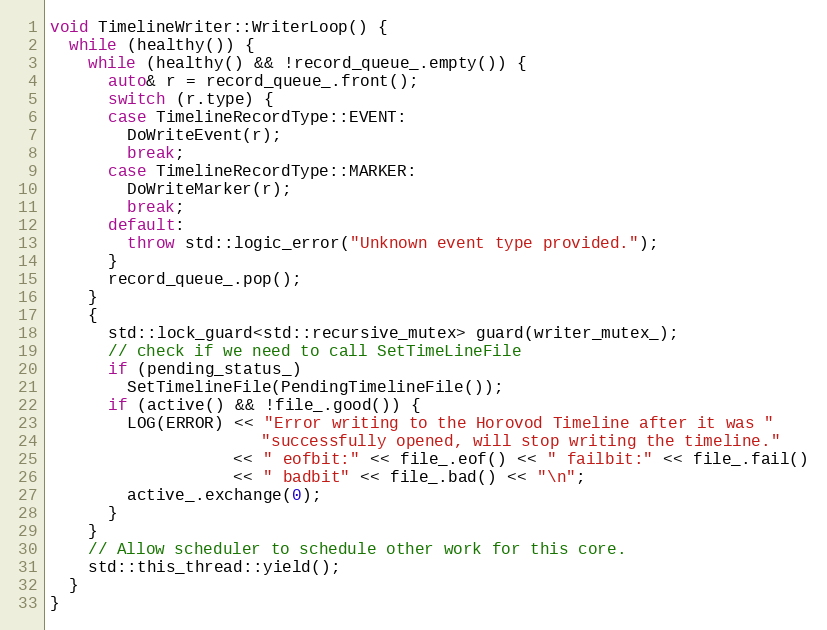
Language: C++
void TimelineWriter::WriterLoop() {
  while (healthy()) {
    while (healthy() && !record_queue_.empty()) {
      auto& r = record_queue_.front();
      switch (r.type) {
      case TimelineRecordType::EVENT:
        DoWriteEvent(r);
        break;
      case TimelineRecordType::MARKER:
        DoWriteMarker(r);
        break;
      default:
        throw std::logic_error("Unknown event type provided.");
      }
      record_queue_.pop();
    }
    {
      std::lock_guard<std::recursive_mutex> guard(writer_mutex_);
      // check if we need to call SetTimeLineFile
      if (pending_status_)
        SetTimelineFile(PendingTimelineFile());
      if (active() && !file_.good()) {
        LOG(ERROR) << "Error writing to the Horovod Timeline after it was "
                      "successfully opened, will stop writing the timeline."
                   << " eofbit:" << file_.eof() << " failbit:" << file_.fail()
                   << " badbit" << file_.bad() << "\n";
        active_.exchange(0);
      }
    }
    // Allow scheduler to schedule other work for this core.
    std::this_thread::yield();
  }
}